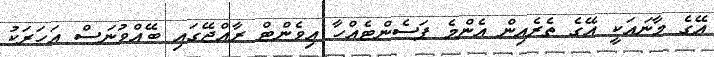
އޭގެ މާނައަކީ އޭގެ ތެރެއިން އެންމެ ޕަސެންޓެއްހާ އިވެންޓް ރާއްޖޭގައި ބޭއްވުނަސް އަހަރަކު